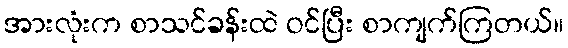
အားလုံးက စာသင်ခန်းထဲ ဝင်ပြီး စာကျက်ကြတယ်။